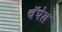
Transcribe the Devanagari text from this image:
चॅपेल